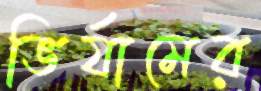
ভির্যামের